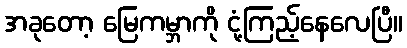
အခုတော့ မြေကမ္ဘာကို ငုံ့ကြည့်နေလေပြီ။